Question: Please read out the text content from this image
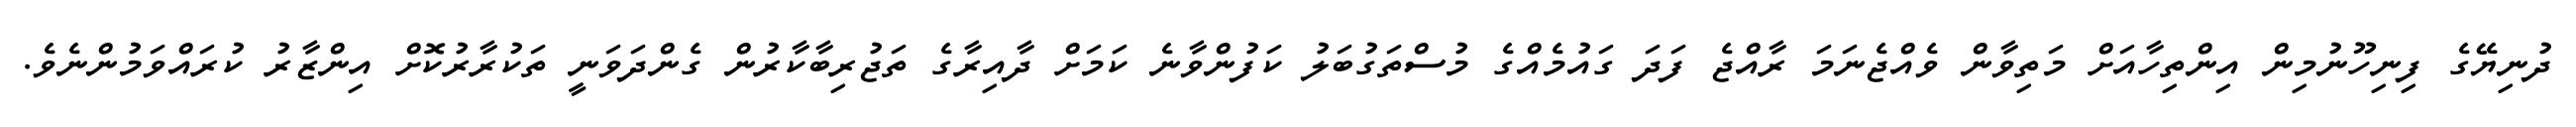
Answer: ދުނިޔޭގެ ފިނިހޫނުމިން އިންތިހާއަށް މަތިވާން ވެއްޖެނަމަ ރާއްޖެ ފަދަ ގައުމެއްގެ މުސްތަގުބަލު ކަފުންވާނެ ކަމަށް ދާއިރާގެ ތަޖުރިބާކާރުން ގެންދަވަނީ ތަކުރާރުކޮށް އިންޒާރު ކުރައްވަމުންނެވެ.